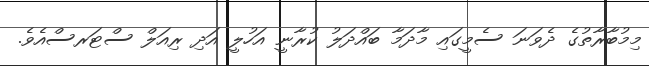
މިމުބާރާތުގެ ދެވަނަ ސެމީގައި މާދަމާ ބައްދަލު ކުރާނީ އަހުލީ އަދި ރިއަލް ސްޓަރސްއެވެ.